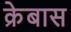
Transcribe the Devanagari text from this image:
क्रेबास